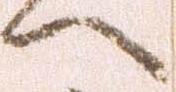
へ